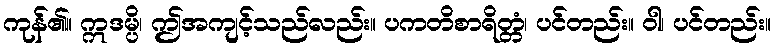
ကုန်၏။ ဣဒမ္ပိ၊ ဤအကျင့်သည်လည်း။ ပကတိစာရိတ္တံ၊ ပင်တည်း။ ဝါ၊ ပင်တည်း။